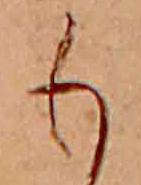
も